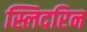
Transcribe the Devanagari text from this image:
स्लिदरिन